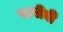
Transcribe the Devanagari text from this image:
पानीबी